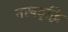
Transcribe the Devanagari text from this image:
नखवृद्धि